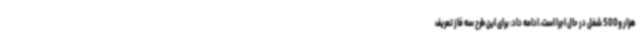
هزار و500 شغل در حال اجرا است، ادامه داد: برای این طرح سه فاز تعریف